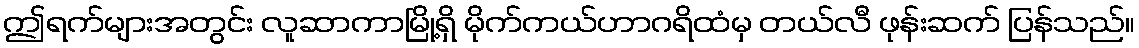
ဤရက်များအတွင်း လူဆာကာမြို့ရှိ မိုက်ကယ်ဟာဂရိထံမှ တယ်လီ ဖုန်းဆက် ပြန်သည်။